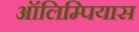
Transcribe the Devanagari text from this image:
ऑलिम्पियास